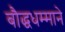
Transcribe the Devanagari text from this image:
बौद्धधम्माने